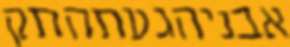
אבניהגעתהתק